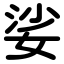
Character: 娑